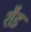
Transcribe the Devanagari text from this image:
शैड